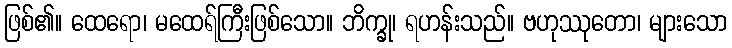
ဖြစ်၏။ ထေရော၊ မထေရ်ကြီးဖြစ်သော။ ဘိက္ခု၊ ရဟန်းသည်။ ဗဟုဿုတော၊ များသော